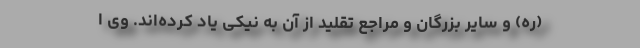
(ره) و سایر بزرگان و مراجع تقلید از آن به نیکی یاد کرده‌اند. وی ا